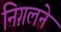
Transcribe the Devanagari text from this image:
निग़लने